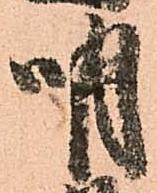
明